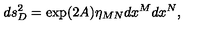
d s _ { D } ^ { 2 } = \exp ( 2 A ) \eta _ { M N } d x ^ { M } d x ^ { N } ,